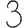
Digit: 3